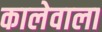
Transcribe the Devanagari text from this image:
कालेवाला